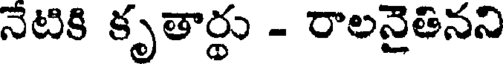
నేటికి కృతార్థు - రాలనైతినని